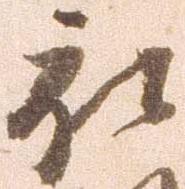
被